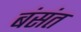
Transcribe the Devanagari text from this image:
बंसंत